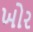
ખોર